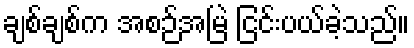
ချစ်ချစ်က အစဉ်အမြဲ ငြင်းပယ်ခဲ့သည်။